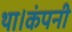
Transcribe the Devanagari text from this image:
था।कंपनी